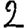
Digit: 2